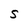
Character: S